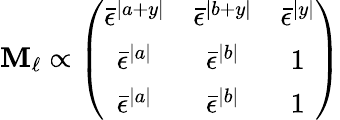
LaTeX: \mathbf{M}_{\ell}\propto\left(\begin{array}{ccc}{{\bar{\epsilon}^{|a+y|}}}&{{\bar{\epsilon}^{|b+y|}}}&{{\bar{\epsilon}^{|y|}}}\\ {{\bar{\epsilon}^{|a|}}}&{{\bar{\epsilon}^{|b|}}}&{{1}}\\ {{\bar{\epsilon}^{|a|}}}&{{\bar{\epsilon}^{|b|}}}&{{1}}\end{array}\right)